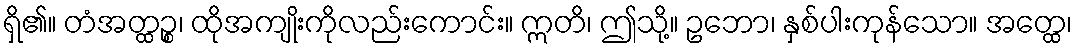
ရှိ၏။ တံအတ္ထဉ္စ၊ ထိုအကျိုးကိုလည်းကောင်း။ ဣတိ၊ ဤသို့။ ဥဘော၊ နှစ်ပါးကုန်သော။ အတ္ထေ၊